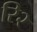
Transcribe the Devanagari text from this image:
रि२